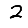
Digit: 2